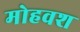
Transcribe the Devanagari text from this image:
मोहवश